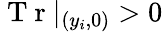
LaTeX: \mathrm{~T~r~}|_{(y_{i},0)}>0